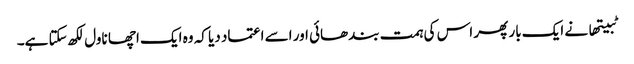
ٹبیتھا نے ایک بار پھر اس کی ہمت بندھائی اور اسے اعتماد دیا کہ وہ ایک اچھا ناول لکھ سکتا ہے۔